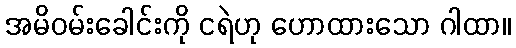
အမိဝမ်းခေါင်းကို ငရဲဟု ဟောထားသော ဂါထာ။